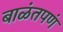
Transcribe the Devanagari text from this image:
बाळंतपणं